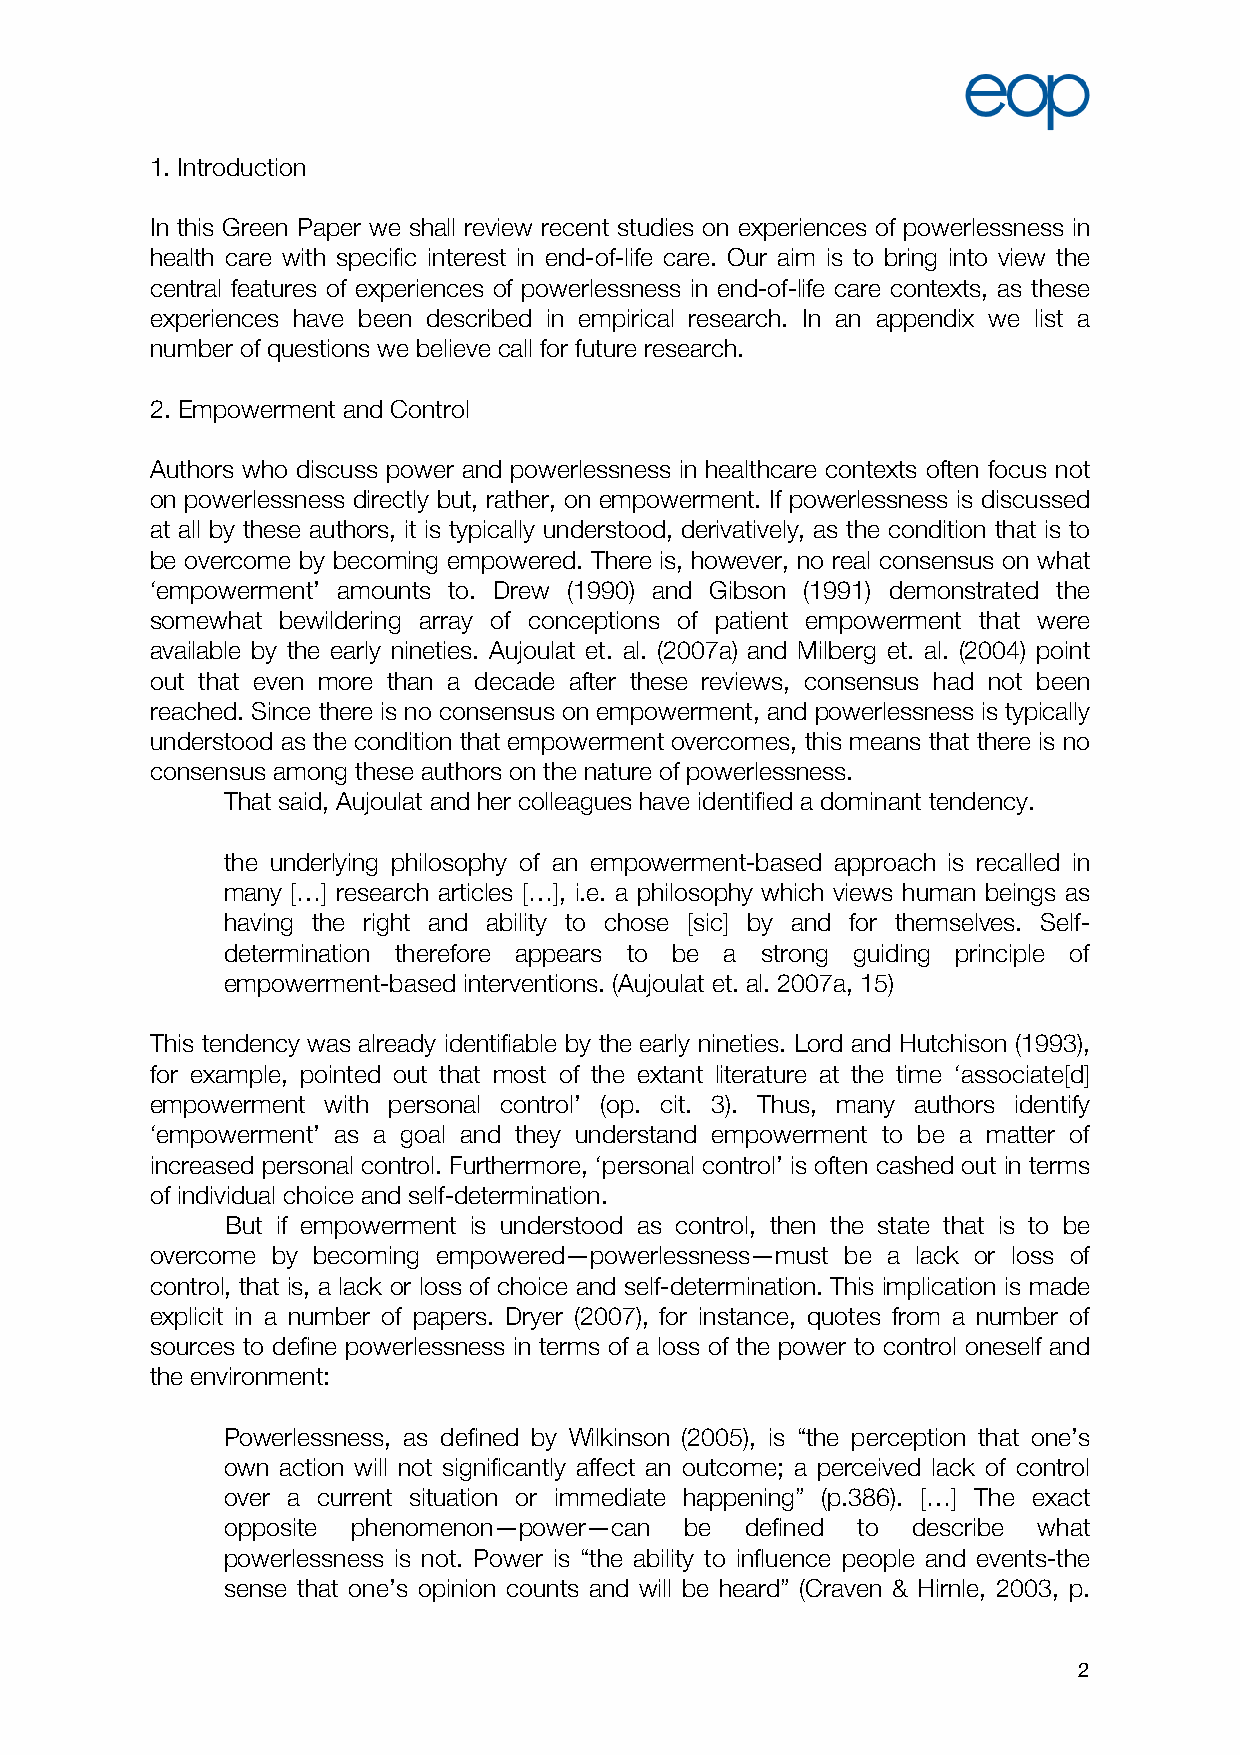
1. Introduction
 In this Green Paper we shall review recent studies on experiences of powerlessness in
 health care with specific interest in end-of-life care. Our aim is to bring into view the
 central features of experiences of powerlessness in end-of-life care contexts, as these
 experiences have been described in empirical research. In an appendix we list a
 number of questions we believe call for future research.
 2. Empowerment and Control
 Authors who discuss power and powerlessness in healthcare contexts often focus not
 on powerlessness directly but, rather, on empowerment. If powerlessness is discussed
 at all by these authors, it is typically understood, derivatively, as the condition that is to
 be overcome by becoming empowered. There is, however, no real consensus on what
 ‘empowerment’ amounts to. Drew (1990) and Gibson (1991) demonstrated the
 somewhat bewildering array of conceptions of patient empowerment that were
 available by the early nineties. Aujoulat et. al. (2007a) and Milberg et. al. (2004) point
 out that even more than a decade after these reviews, consensus had not been
 reached. Since there is no consensus on empowerment, and powerlessness is typically
 understood as the condition that empowerment overcomes, this means that there is no
 consensus among these authors on the nature of powerlessness.
 That said, Aujoulat and her colleagues have identified a dominant tendency.
 the underlying philosophy of an empowerment-based approach is recalled in
 many […] research articles […], i.e. a philosophy which views human beings as
 having the right and ability to chose [sic] by and for themselves. Self-
 determination therefore appears to be a strong guiding principle of
 empowerment-based interventions. (Aujoulat et. al. 2007a, 15)
 This tendency was already identifiable by the early nineties. Lord and Hutchison (1993),
 for example, pointed out that most of the extant literature at the time ‘associate[d]
 empowerment with personal control’ (op. cit. 3). Thus, many authors identify
 ‘empowerment’ as a goal and they understand empowerment to be a matter of
 increased personal control. Furthermore, ‘personal control’ is often cashed out in terms
 of individual choice and self-determination.
 But if empowerment is understood as control, then the state that is to be
 overcome by becoming empowered—powerlessness—must be a lack or loss of
 control, that is, a lack or loss of choice and self-determination. This implication is made
 explicit in a number of papers. Dryer (2007), for instance, quotes from a number of
 sources to define powerlessness in terms of a loss of the power to control oneself and
 the environment:
 Powerlessness, as defined by Wilkinson (2005), is “the perception that one’s
 own action will not significantly affect an outcome; a perceived lack of control
 over a current situation or immediate happening” (p.386). […] The exact
 opposite phenomenon—power—can be  defined to describe what
 powerlessness is not. Power is “the ability to influence people and events-the
 sense that one’s opinion counts and will be heard” (Craven & Hirnle, 2003, p.
 2